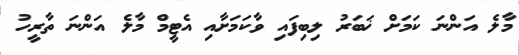
މާލެ އަންނަ ކަމަށް ޚަބަރު ލިބިފައި ވާކަމަށާއި އެޓީމް މާލެ އަންނަ ތާރީހު